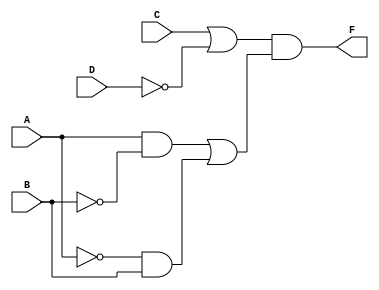
//fig 3-21 (b) pg. 123
module mod3_31_d(F, A, B, C, D);
    output F;
    input A, B, C, D;
    wire nand1_wire, nand2_wire, or1_wire, or2_wire, nand3_wire;

    nand G1(nand1_wire, A, ~B);
    nand G2(nand2_wire, ~A, B);
    or G3(or1_wire, C, ~D);
    or G4(or2_wire, ~nand1_wire, ~nand2_wire);
    and G5(F, or1_wire, or2_wire);
endmodule

module mod3_31_d_tb;
reg a, b, c, d;
wire y;

mod3_31_d circuit(y, a, b, c, d);
initial
begin
$monitor("a=%b, b=%b, c=%b, d=%b, y=%b", a, b, c, d, y);
a = 0; b = 0; c = 0; d = 0; #10;
a = 0; b = 0; c = 0; d = 1; #10;
a = 0; b = 0; c = 1; d = 0; #10;
a = 0; b = 0; c = 1; d = 1; #10;
a = 0; b = 1; c = 0; d = 0; #10;
a = 0; b = 1; c = 0; d = 1; #10;
a = 0; b = 1; c = 1; d = 0; #10;
a = 0; b = 1; c = 1; d = 1; #10;
a = 1; b = 0; c = 0; d = 0; #10;
a = 1; b = 0; c = 0; d = 1; #10;
a = 1; b = 0; c = 1; d = 0; #10;
a = 1; b = 0; c = 1; d = 1; #10;
a = 1; b = 1; c = 0; d = 0; #10;
a = 1; b = 1; c = 0; d = 1; #10;
a = 1; b = 1; c = 1; d = 0; #10;
a = 1; b = 1; c = 1; d = 1; #10;
$finish;
end
endmodule